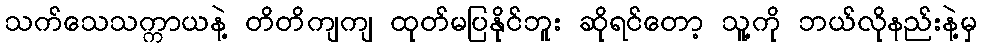
သက်သေသက္ကာယနဲ့ တိတိကျကျ ထုတ်မပြနိုင်ဘူး ဆိုရင်တော့ သူ့ကို ဘယ်လိုနည်းနဲ့မှ